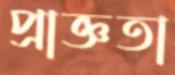
প্রাজ্ঞতা